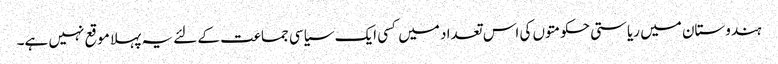
ہندوستان میں ریاستی حکومتوں کی اس تعداد میں کسی ایک سیاسی جماعت کے لئے یہ پہلا موقع نہیں ہے۔